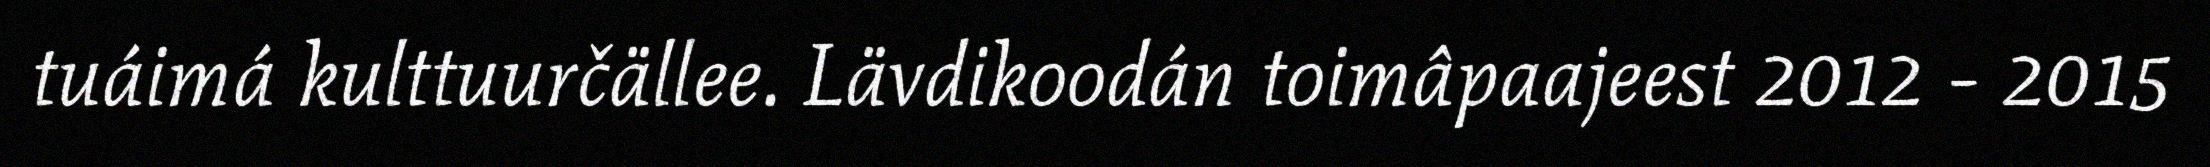
tuáimá kulttuurčällee. Lävdikoodán toimâpaajeest 2012 - 2015